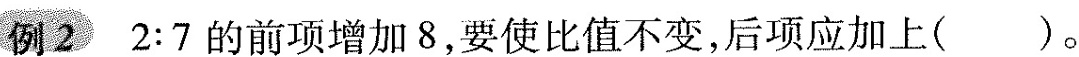
例22:7的前项增加8，要使比值不变，后项应加上()。